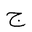
Letter: _gim